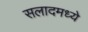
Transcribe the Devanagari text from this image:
सलादमध्ये